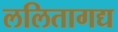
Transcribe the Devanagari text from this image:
ललितागद्य